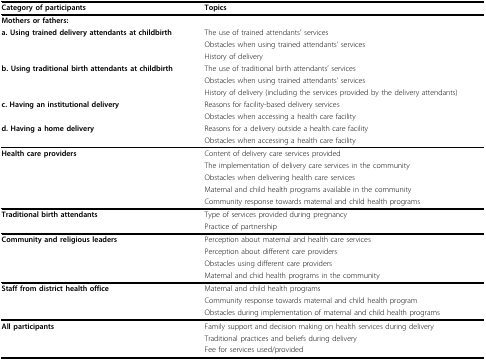
| Category of participants | Topics |
 | --- | --- |
 | Mothers or fathers: |  |
 | a. Using trained delivery attendants at childbirth | The use of trained attendants' services |
 |  | Obstacles when using trained attendants' services |
 |  | History of delivery |
 | b. Using traditional birth attendants at childbirth | The use of traditional birth attendants' services |
 |  | Obstacles when using trained attendants' services |
 |  | History of delivery (including the services provided by the delivery attendants) |
 | c. Having an institutional delivery | Reasons for facility-based delivery services |
 |  | Obstacles when accessing a health care facility |
 | d. Having a home delivery | Reasons for a delivery outside a health care facility |
 |  | Obstacles when accessing a health care facility |
 | Health care providers | Content of delivery care services provided |
 |  | The implementation of delivery care services in the community |
 |  | Obstacles when delivering health care services |
 |  | Maternal and child health programs available in the community |
 |  | Community response towards maternal and child health programs |
 | Traditional birth attendants | Type of services provided during pregnancy |
 |  | Practice of partnership |
 | Community and religious leaders | Perception about maternal and health care services |
 |  | Perception about different care providers |
 |  | Obstacles using different care providers |
 |  | Maternal and chid health programs in the community |
 | Staff from district health office | Maternal and child health programs |
 |  | Community response towards maternal and child health program |
 |  | Obstacles during implementation of maternal and child health programs |
 | All participants | Family support and decision making on health services during delivery |
 |  | Traditional practices and beliefs during delivery |
 |  | Fee for services used/provided |